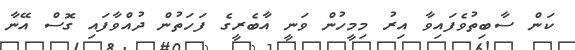
ކަން ސާބިތުވެފައިވާ އިރު މިމީހުން ވަނީ އާބެރީގެ ފަހަތުން ދުއްވާފައި ގޮސް އޭނާ